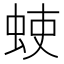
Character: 𫊳